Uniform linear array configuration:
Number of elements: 16
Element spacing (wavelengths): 0.5
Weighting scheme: uniform
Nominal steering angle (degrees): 45
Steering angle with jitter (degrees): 44.887
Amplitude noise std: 0.05
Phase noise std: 0.05

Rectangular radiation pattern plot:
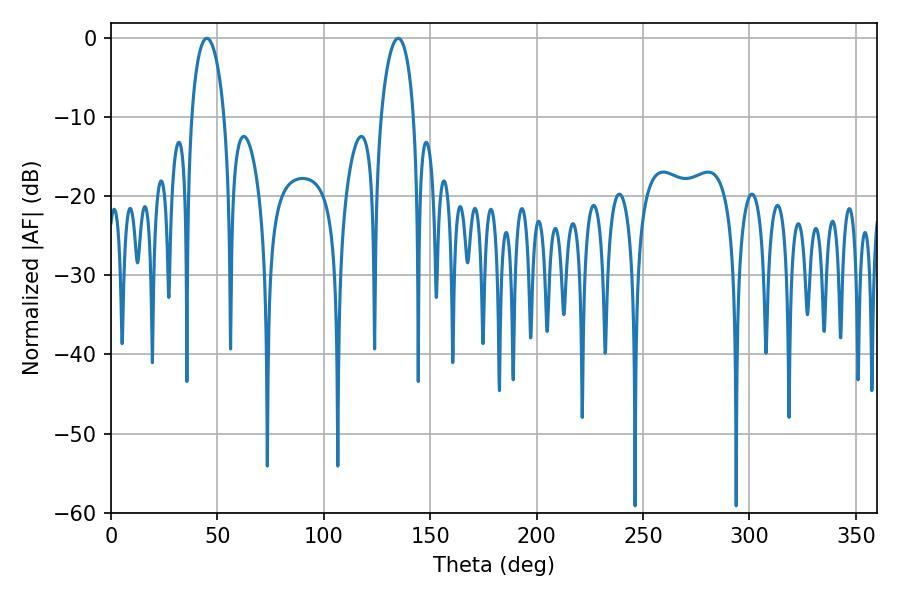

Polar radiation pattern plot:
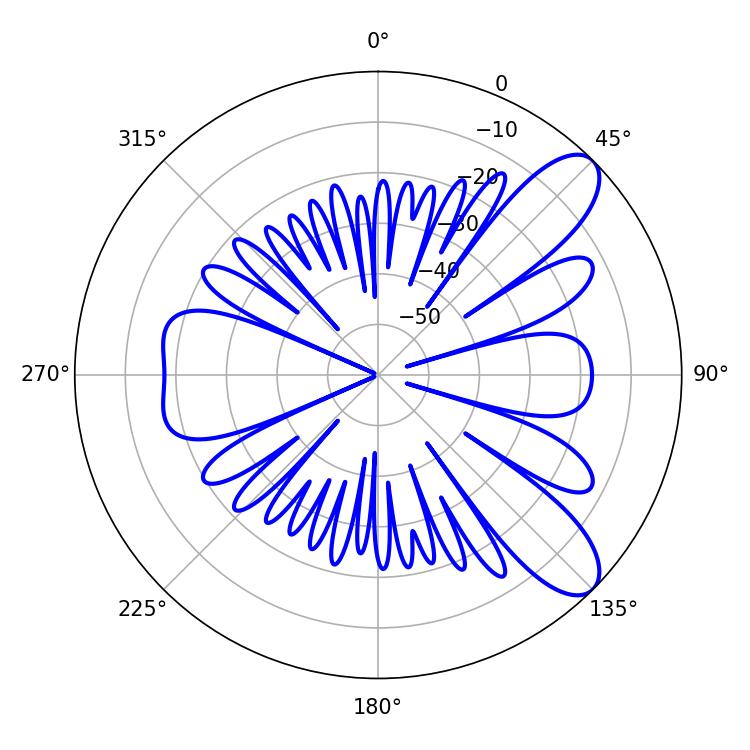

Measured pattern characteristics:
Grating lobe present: FALSE
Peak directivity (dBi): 9.268
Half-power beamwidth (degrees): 8.82
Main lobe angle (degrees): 45